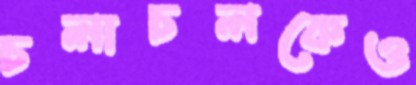
চলাচলকেও